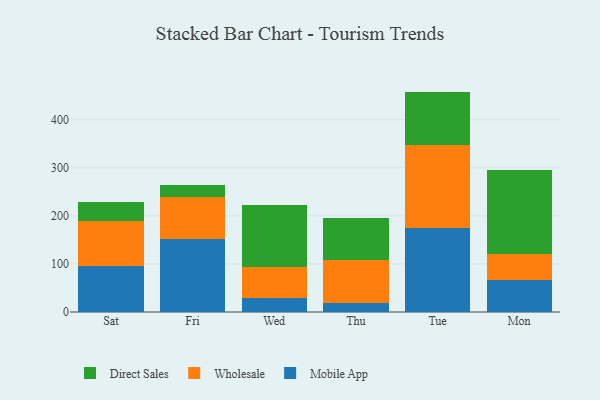
{"axis": {"x": "Day", "y": "Budget (USD K)"}, "legend": ["Direct Sales", "Mobile App", "Wholesale"], "data": [{"x": "Sat", "y": 94.8, "type": "Mobile App"}, {"x": "Sat", "y": 95.6, "type": "Wholesale"}, {"x": "Sat", "y": 38.7, "type": "Direct Sales"}, {"x": "Fri", "y": 152.4, "type": "Mobile App"}, {"x": "Fri", "y": 86.6, "type": "Wholesale"}, {"x": "Fri", "y": 24.4, "type": "Direct Sales"}, {"x": "Wed", "y": 28.9, "type": "Mobile App"}, {"x": "Wed", "y": 65.0, "type": "Wholesale"}, {"x": "Wed", "y": 128.2, "type": "Direct Sales"}, {"x": "Thu", "y": 17.8, "type": "Mobile App"}, {"x": "Thu", "y": 89.8, "type": "Wholesale"}, {"x": "Thu", "y": 88.7, "type": "Direct Sales"}, {"x": "Tue", "y": 173.8, "type": "Mobile App"}, {"x": "Tue", "y": 174.4, "type": "Wholesale"}, {"x": "Tue", "y": 110.4, "type": "Direct Sales"}, {"x": "Mon", "y": 65.6, "type": "Mobile App"}, {"x": "Mon", "y": 54.2, "type": "Wholesale"}, {"x": "Mon", "y": 175.0, "type": "Direct Sales"}]}